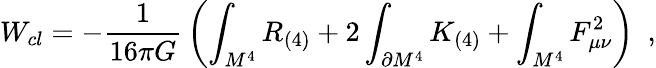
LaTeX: W_{cl}=-{\frac{1}{16\pi G}}\left(\int_{M^{4}}R_{(4)}+2\int_{\partial M^{4}}K_{(4)}+\int_{M^{4}}F_{\mu\nu}^{2}\right)~~,